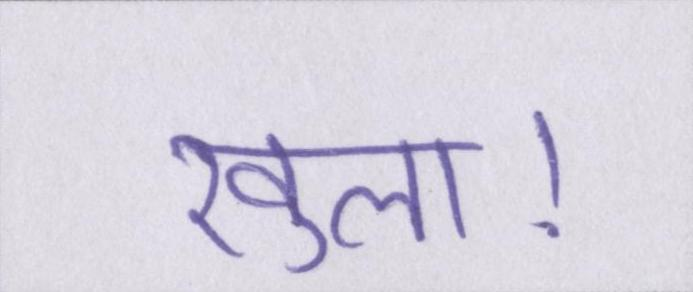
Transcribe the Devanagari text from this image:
खुला।